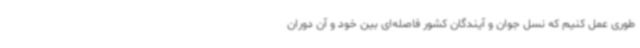
طوری عمل کنیم که نسل جوان و آیندگان کشور فاصله‌ای بین خود و آن دوران